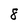
Character: 8